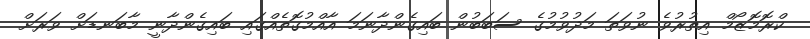
ކްރޮމޮޒޯމް އިތުރުވެ ނުވަތަ މަދުވުމުގެ ސަބަބުން ބައިގެންދާނަމަ އާއްމުގޮތެއްގައި ބައިގެންދާނީ މާބަނޑަށް ވަރަށް